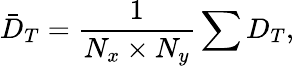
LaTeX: {{\bar{D}}_{T}}=\frac{1}{{{N_{x}}\times{N_{y}}}}\sum{{D_{T}}},